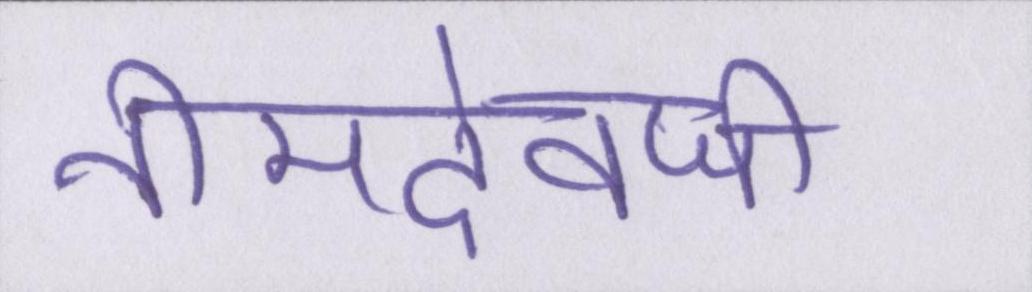
नीमदेवजी